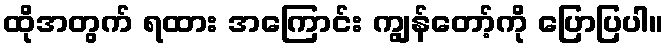
ထိုအတွက် ရထား အကြောင်း ကျွန်တော့်ကို ပြောပြပါ။